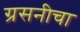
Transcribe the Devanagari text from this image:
ग्रसनीचा